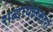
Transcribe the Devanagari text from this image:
शब्दार्थलंकारों